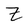
Character: Z